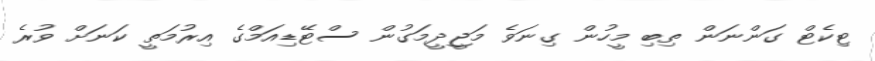
ޓިކެޓް ގަންނަން ތިބި މީހުން ގިނަވެ މަޖީދީމަގުން ސްޓޭޑިއަމްގެ އިރުމަތީ ކަނަށް ވުރެ